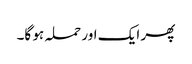
پھر ایک اور حملہ ہو گا۔